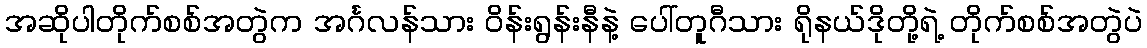
အဆိုပါတိုက်စစ်အတွဲက အင်္ဂလန်သား ဝိန်းရွန်းနီနဲ့ ပေါ်တူဂီသား ရိုနယ်ဒိုတို့ရဲ့ တိုက်စစ်အတွဲပဲ